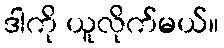
ဒါကို ယူလိုက်မယ်။